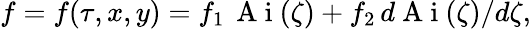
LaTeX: f=f(\tau,x,y)=f_{1}\, \mathrm{~A~i~}(\zeta)+f_{2}\, d\mathrm{~A~i~}(\zeta)/d\zeta,